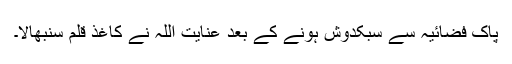
پاک فضائیہ سے سبکدوش ہونے کے بعد عنایت اللہ نے کاغذ قلم سنبھالا۔